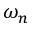
\omega _ { n }